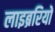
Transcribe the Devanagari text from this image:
लाइब्ररियों